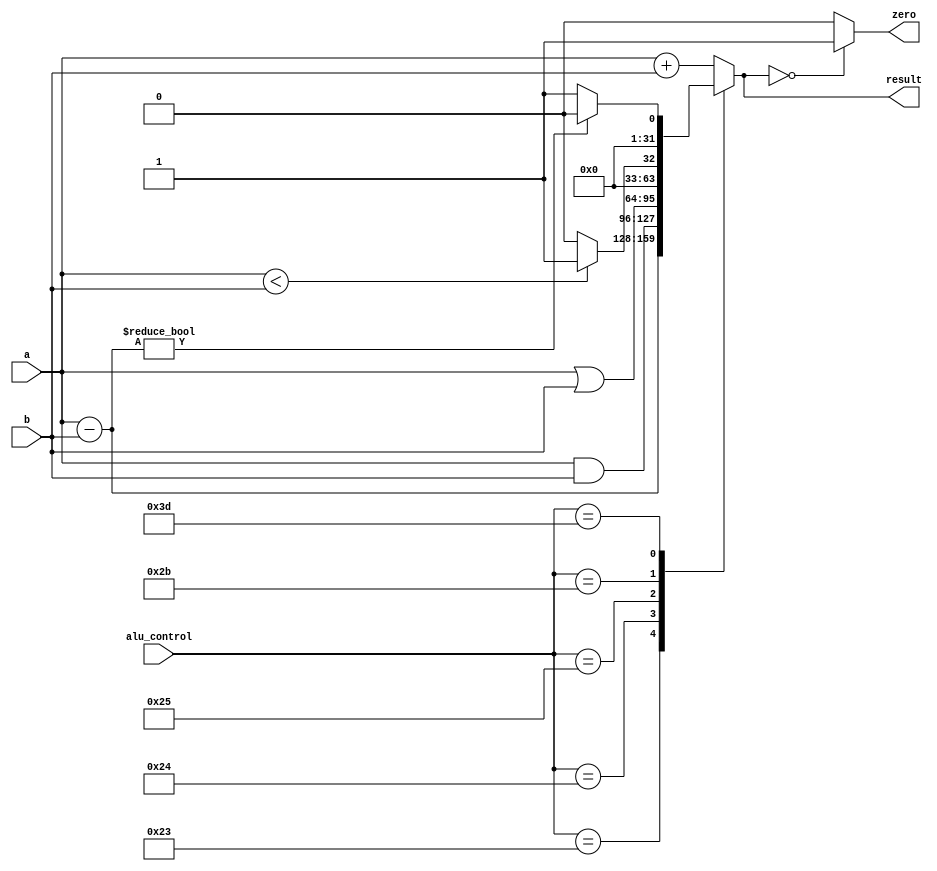
//Unitate aritmetico logica
module ALU 
(
      input [31:0] a,	// intrare de date
      input [31:0] b,	// intrare de date
      input [5:0] alu_control, // permite selectarea operatiei
	  output zero,			   // flag
      output reg [31:0] result // iesire de date
);	
	  
always @(*) begin  
	
 case(alu_control)
      6'b100001: result = a + b; // addu
      6'b100011: result = a - b; // subu
	  6'b100100: result = a & b; // and
      6'b100101: result = a | b; // or
      6'b101011: if (a < b) 
		  			result = 32'd1;  //sltu
                 else result = 32'd0;
                  
	  6'b111101: if ( a - b != 0 ) 	 // BNE	  = daca a != b
		               result = 32'd0;
	             else result = 32'd1;
		         
      default: result = a + b; // adunare
 endcase   
 
end	   

assign zero = (result == 32'd0) ? 1'b1: 1'b0;	 // modelarea comportamentului flagului
 
endmodule